Leprosy in India: report of the Leprosy Commission in India, 1890-91
Year: 1890
Disease focus: Leprosy
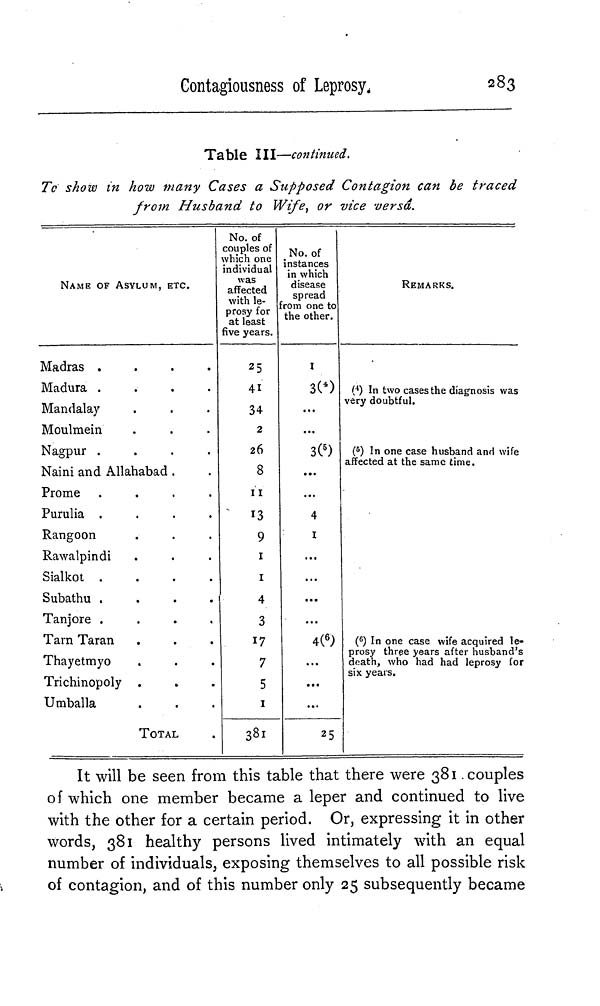
Contagiousness of
Leprosy.
283
Table III—continued.
To show in how many Cases a Supposed Contagion can be traced
from Husband to Wife, or vice versa.
NAME OF ASYLUM, ETC.
Madras
....
Madura
....
Mandalay
Moulmein
Nagpur
....
Naini and Allahabad .
Prome
....
Purulia
....
Rangoon
Rawalpindi
Sialkot
....
Subathu
....
Tanjore
....
Tarn Taran
Thayetmyo
Trichinopoly
Umballa
TOTAL
No. of
couples of
which one
individual
was
affected
with le-
prosy for
at least
five years.
25
41
34
2
26
8
11
9
1
1
4
3
17
7
5
1
381
No. of
instances
in which
disease
spread
rom one to
the other.
1
3( 4 )
...
...
3( 5 )
...
4
1
...
...
...
...
4( 6 )
...
...
25
REMARKS.
( 4 ) In two cases the diagnosis was
very doubtful.
( 5 ) In one case husband and wife
affected at the same time.
( 6 ) In one case wife acquired le-
prosy three years after husband's
death, who had had leprosy for
six years.
It will be seen from this table that there were 381 couples
of which one member became a leper and continued to live
with the other for a certain period. Or, expressing it in other
words, 381 healthy persons lived intimately with an equal
number of individuals, exposing themselves to all possible risk
of contagion, and of this number only 25 subsequently became